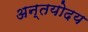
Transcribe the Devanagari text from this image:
अन्तयोदय